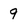
Character: 9